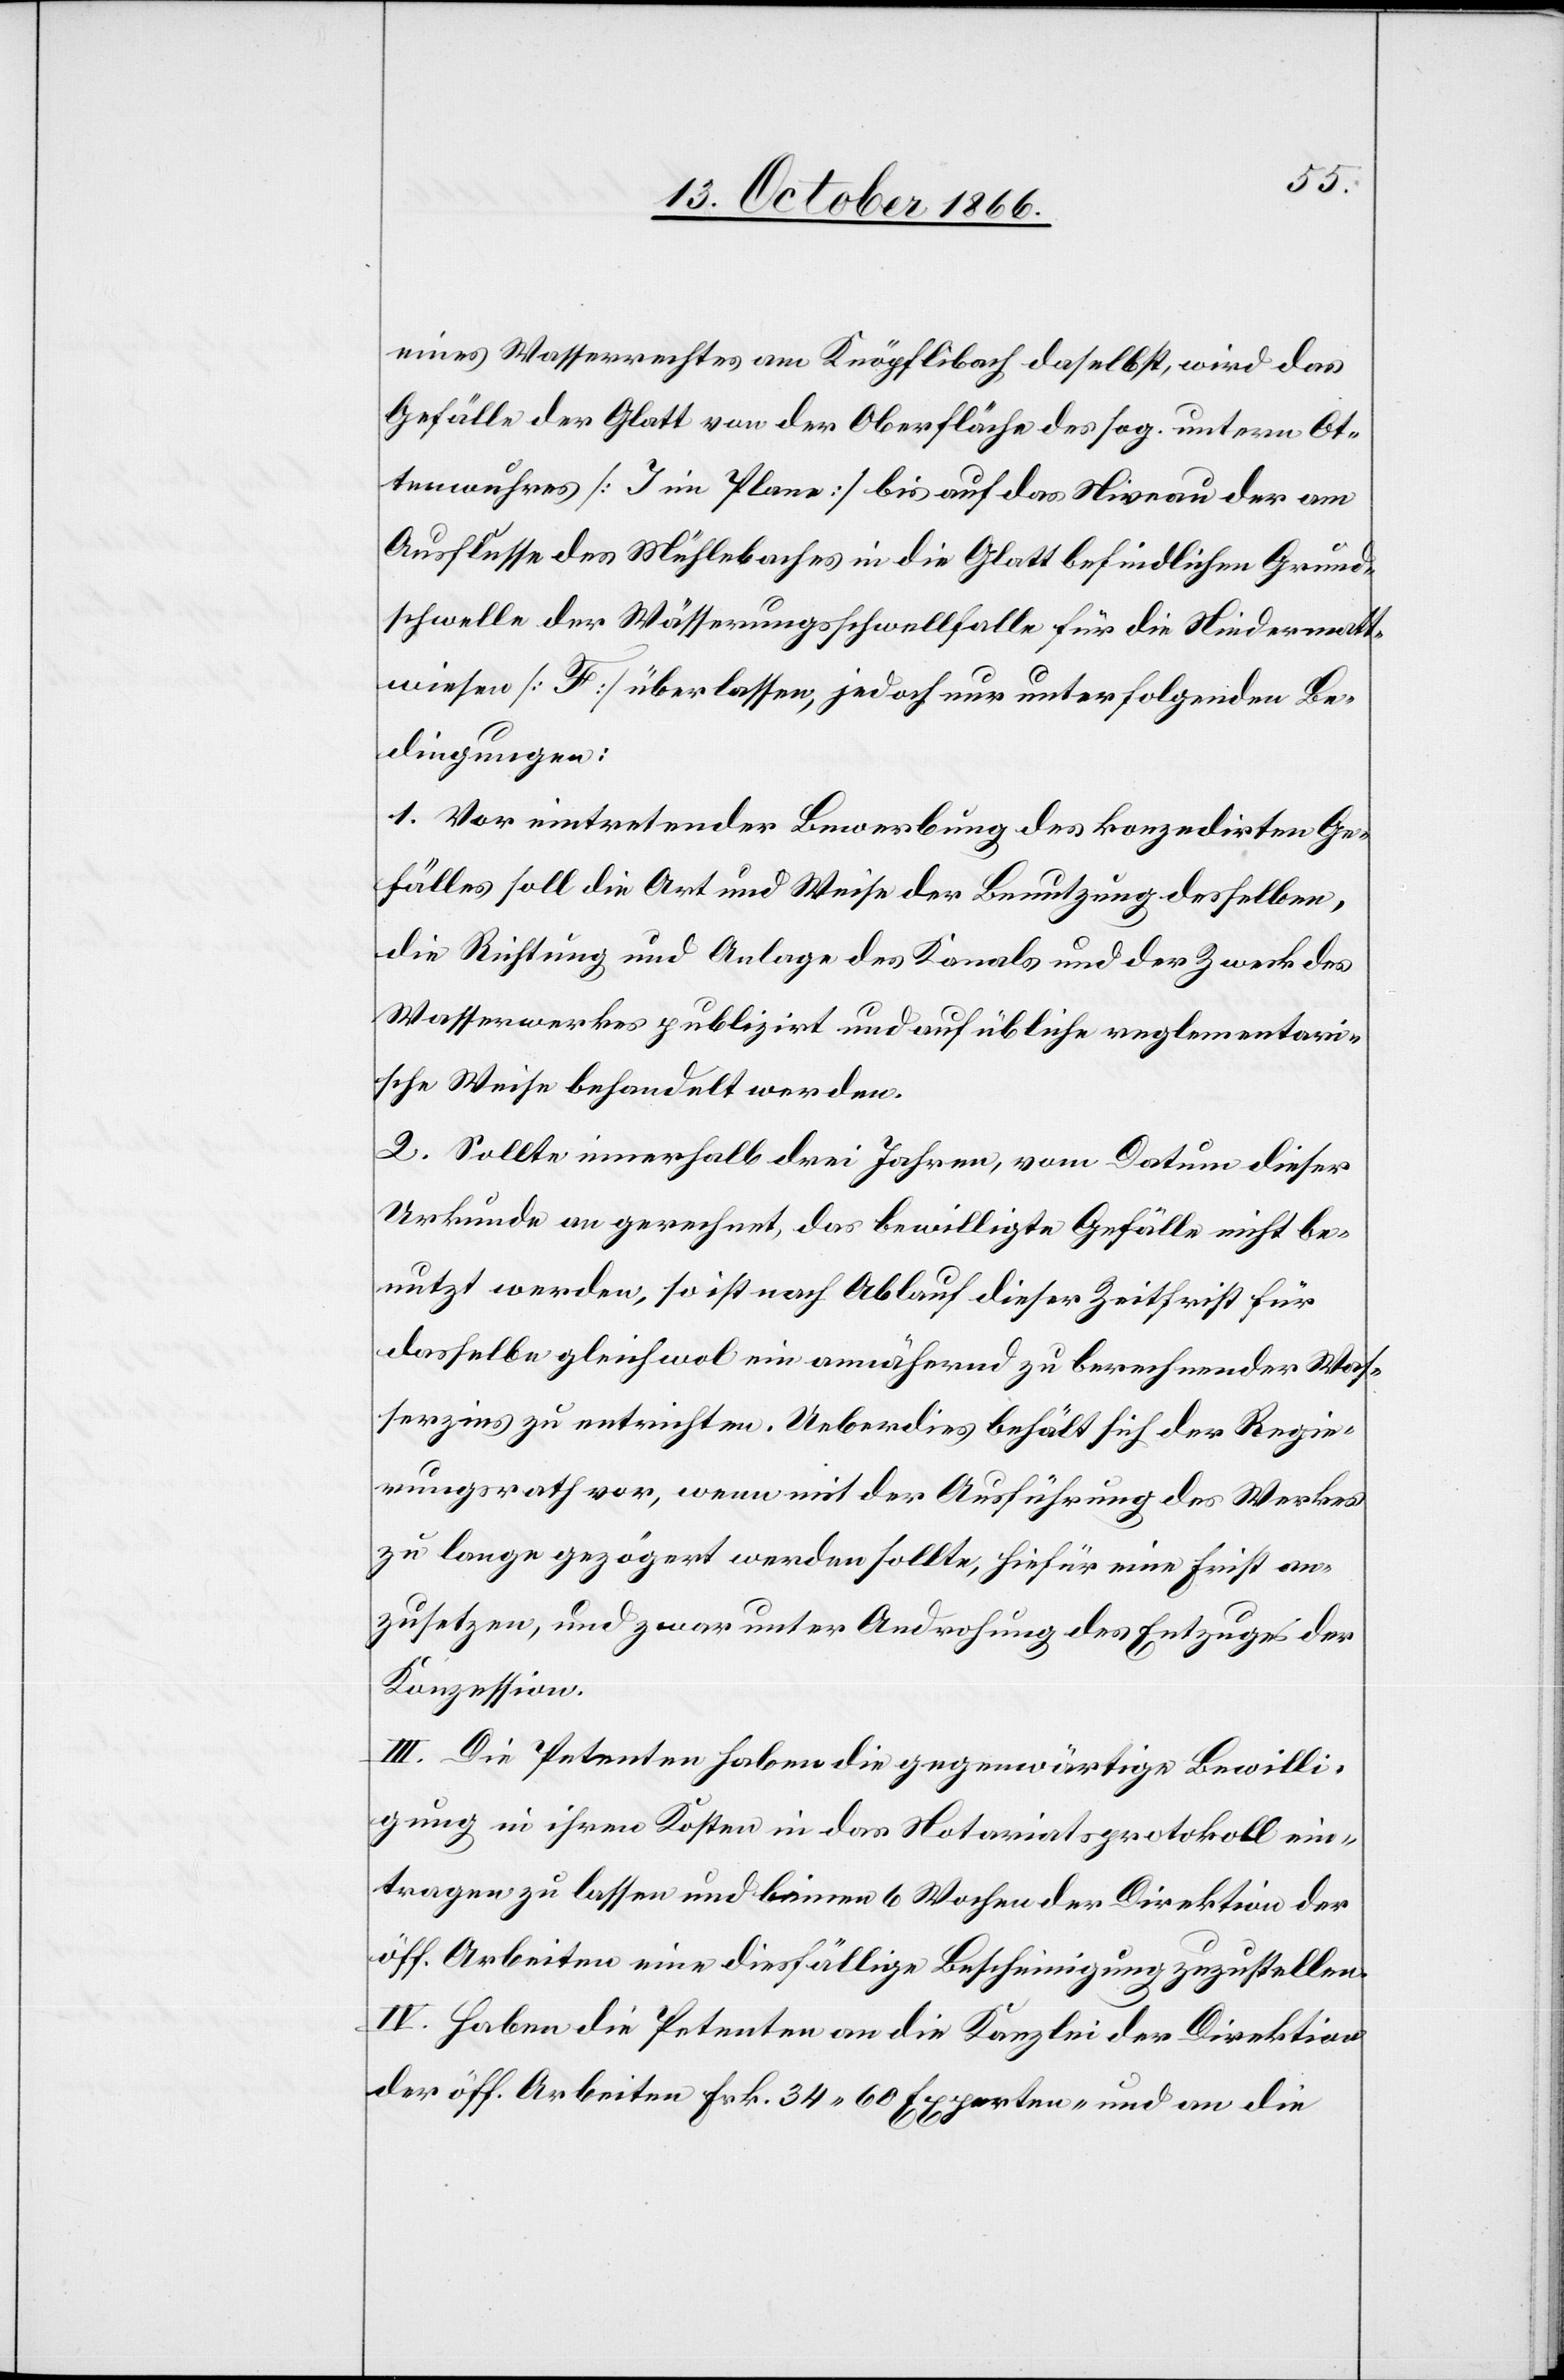
eines Wasserrechtes am Knöpflibach, daselbst, wird das
Gefälle der Glatt von der Oberfläche des sog. untern Ot¬
tenwuhres [J im Plane] bis auf das Niveau der am
Ausflusse des Mühlebaches in die Glatt befindlichen Grund¬
schwelle der Wässerungsschwellfalle für die Niedermatt¬
wiesen [F] überlassen, jedoch nur unter folgenden Be¬
dingungen:
1. Vor eintretender Bewerbung des konzedirten Ge¬
fälles soll die Art und Weise der Benutzung desselben,
die Richtung und Anlage des Kanals und der Zweck des
Wasserwerkes publizirt und auf übliche reglementari¬
sche Weise behandelt werden.
2. Sollte innerhalb drei Jahren, vom Datum dieser
Urkunde an gerechnet, das bewilligte Gefälle nicht be¬
nutzt werden, so ist nach Ablauf dieser Zeitfrist für
dasselbe gleichwol ein annähernd zu berechnender Was¬
serzins zu entrichten. Ueberdies behält sich der Regie¬
rungsrath vor, wenn mit der Ausführung des Werkes
zu lange gezögert werden sollte, hiefür eine Frist an¬
zusetzen, und zwar unter Androhung des Entzuges der
Konzession.
III. Die Petenten haben die gegenwärtige Bewilli¬
gung in ihren Kosten in das Notariatsprotokoll ein¬
tragen zu lassen und binnen 6 Wochen der Direktion der
öff. Arbeiten eine diesfällige Bescheinigung zuzustellen.
IV. Haben die Petenten an die Kanzlei der Direktion
der öff. Arbeiten Frk. 34.60 Experten- und an die